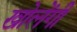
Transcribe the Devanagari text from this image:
खोलेंगी